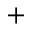
^ +